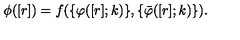
\phi ( [ r ] ) = f ( \{ \varphi ( [ r ] ; k ) \} , \{ \bar { \varphi } ( [ r ] ; k ) \} ) .